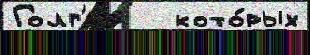
Голг'ер   кото́рых